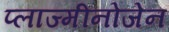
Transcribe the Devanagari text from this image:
प्लाज्मीनोजेन